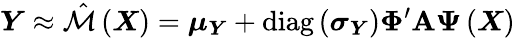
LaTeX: \boldsymbol{Y}\approx\hat{\mathcal{M}}\left(\boldsymbol{X}\right)=\boldsymbol{\mu_{\boldsymbol{Y}}}+\operatorname{diag}\left(\boldsymbol{\sigma_{\boldsymbol{Y}}}\right)\boldsymbol{\Phi}^{\prime}\boldsymbol{\mathrm{A}}\boldsymbol{\Psi}\left(\boldsymbol{X}\right)